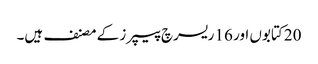
20 کتابوں اور 16 ریسرچ پیپرز کے مصنف ہیں۔